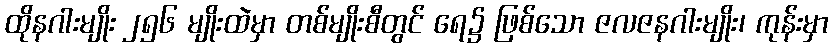
ထိုနဂါးမျိုး ၂၅၆ မျိုးထဲမှာ တစ်မျိုးစီတွင် ရေ၌ ဖြစ်သော ဇလဇနဂါးမျိုး၊ ကုန်းမှာ